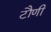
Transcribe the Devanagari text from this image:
टौणी